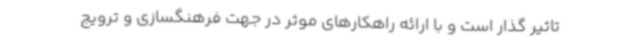
تاثیر گذار است و با ارائه راهکارهای موثر در جهت فرهنگسازی و ترویج